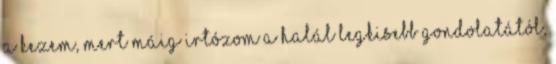
a kezem, mert máig irtózom a halál legkisebb gondolatától,